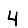
Digit: 4